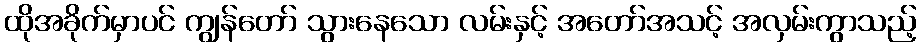
ထိုအခိုက်မှာပင် ကျွန်တော် သွားနေသော လမ်းနှင့် အတော်အသင့် အလှမ်းကွာသည့်